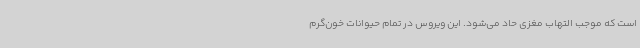
است که موجب التهاب مغزی حاد می‌شود. این ویروس در تمام حیوانات خون‌گرم